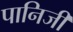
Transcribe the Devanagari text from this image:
पानिजी